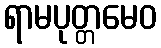
ရာမပုတ္တမေဝ